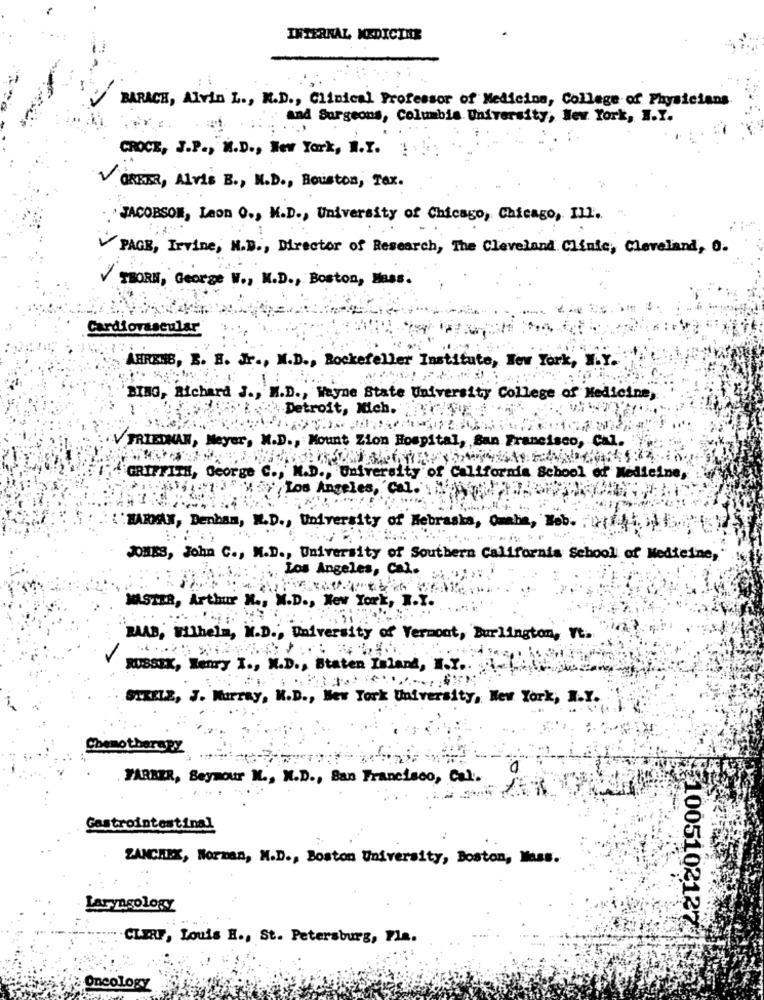
INTERNAL MEDICINE
BARACH, Alvin L ., M.D ., Clinical Professor of Medicina, College of Physicians.
and Surgeons, Columbia University, New York, N.Y.
CROCE, J.P ., M.D ., New York, N.Y.
V CREER, Alvis B ., M.D ., Houston, Tax.
JACOBSON, Laon O ., M.D ., University of Chicago, Chicago, Il2.
PAGE, Irvine, N.B ., Director of Research, The Cleveland Clinic, Cleveland, O.
THORN, George W ., K.D ., Boston, Mass.
Cardiovascular
AHRENB, B. H. Jr ., M.D ., Rockefeller Institute, New York, N.Y.
BING, Richard J ., M.D ., Wayne State University College of Medicine,
Detroit, Mich.
V FRIEDHAN, Meyer, M.D ., Mount Zion Hospital, San Francisco, Cal.
GRIFFITH, George C ., M.D ., University of California School of Medicine,
Los Angeles, 'Cal.' ".
HARDAY, Denham, M.D ., University of Nebraska, Omaha, Wob. it
JONES, John C ., M.D ., University of Southern California School of Medicine,
Los Angeles, Ca ..
MASTER, Arthur N ., W.D ., New York, R.
RAAB, Wilhelm, M.D ., University of Vermont, Burlington, Vt.
-
RUBSIX, Henry I ., M.D ., Staten Island, I.Y ..
SIKILZ, J. Murray, M.D ., New York University, New York, N.Y.
Chemotherapy
FARBER, Beymour N ., M.D ., San Francisco, Cal.
Gastrointestinal
ZANCHEX, Norman, M.D ., Boston University, Boston, Mass.
Laryngology
1005102127
CLERF, Louis H ., St. Petersburg, Fla.
Oncology